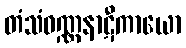
တံသံဝဏ္ဏနာဋီကာယော